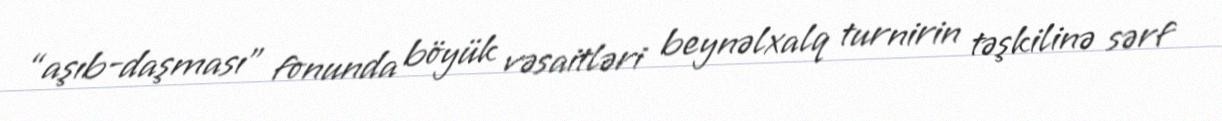
“aşıb-daşması” fonunda böyük vəsaitləri beynəlxalq turnirin təşkilinə sərf